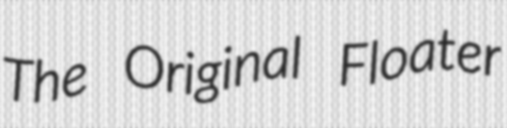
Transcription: The Original Floater